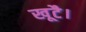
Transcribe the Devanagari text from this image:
खूटै।